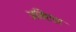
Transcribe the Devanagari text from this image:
अबिएस